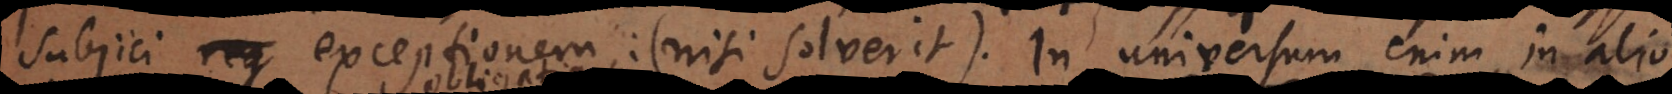
subjici exceptionem nisi solverit. In universum enim in alio